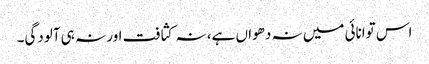
اس توانائی میں نہ دھواں ہے، نہ کثافت اور نہ ہی آلودگی۔